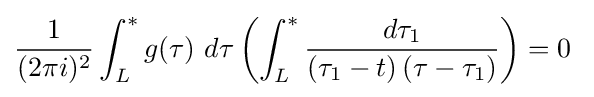
{\frac {1}{(2\pi i)^{2}}}\int _{L}^{*}g(\tau )\ d\tau \left(\int _{L}^{*}{\frac {d\tau _{1}}{\left(\tau _{1}-t\right)\left(\tau -\tau _{1}\right)}}\right)=0\